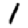
Digit: 1